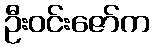
ဦးဝင်းဇော်က